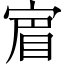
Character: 𡩏